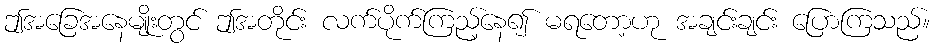
ဤအခြေအနေမျိုးတွင် ဤအတိုင်း လက်ပိုက်ကြည့်နေ၍ မရတော့ဟု အချင်းချင်း ပြောကြသည်။